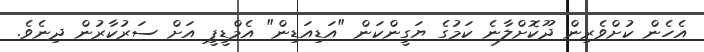
އެހެން ކުށްވެރިން ދޫކޮށްލާނެ ކަމުގެ ޔަގީންކަން "އަޑިއަޑިން" އެމްޑީޕީ އަށް ސަރުކާރުން ދިނެވެ.